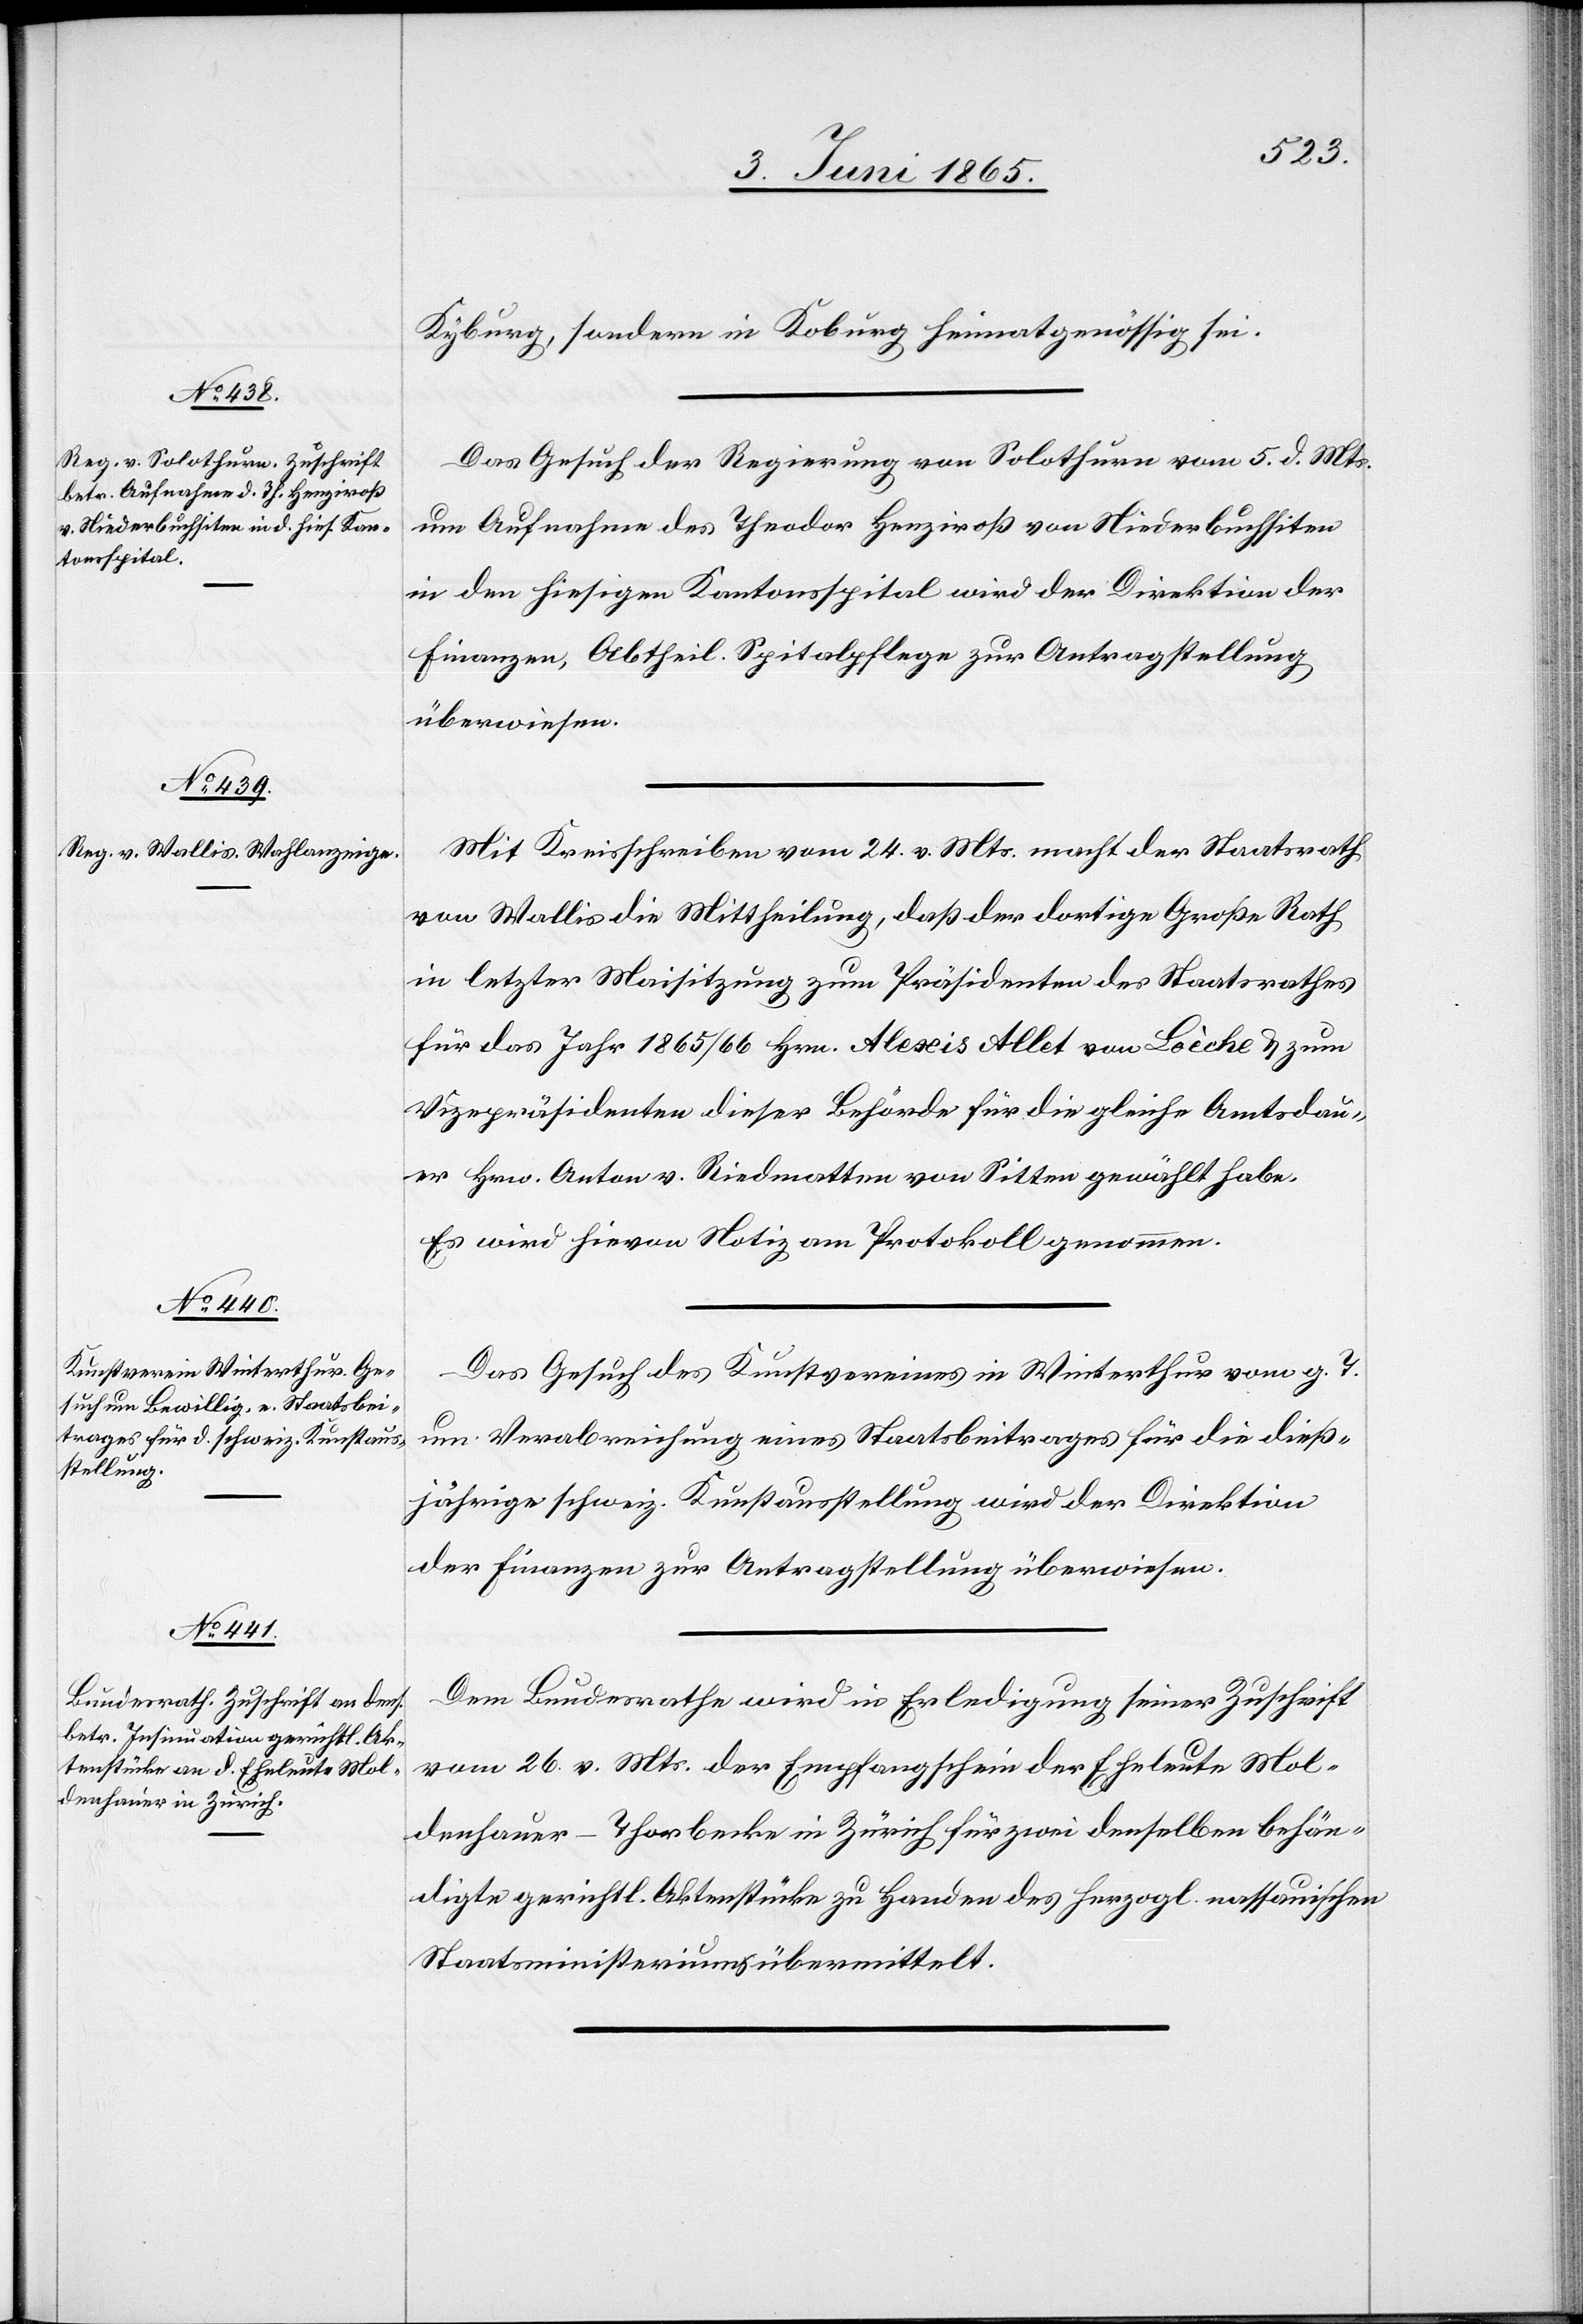
7. Juni 1865.]
Kyburg, sondern in Koburg heimatgenössig sei.
Das Gesuch der Regierung von Solothurn vom 5. d. Mts.
um Aufnahme des Theodor Henziroß von Niederbuchsiten
in den hiesigen Kantonsspital wird der Direktion der
Finanzen, Abtheil. Spitalpflege zur Antragstellung
überwiesen.
Mit Kreisschreiben vom 24. v. Mts. macht der Staatsrath
von Wallis die Mittheilung, daß der dortige Große Rath
in letzter Maisitzung zum Präsidenten des Staatsrathes
für das Jahr 1865/66 Hrn. Alexis Allet von Loèche & zum
Vizepräsidenten dieser Behörde für die gleiche Amtsdau¬
er Hrn. Anton v. Riedmatten von Sitten gewählt habe.
Es wird hievon Notiz am Protokoll genommen.
Das Gesuch des Kunstvereines in Winterthur vom g. T.
um Verabreichung eines Staatsbeitrages für die dieß¬
jährige schweiz. Kunstausstellung wird der Direktion
der Finanzen zur Antragstellung überwiesen.
Dem Bundesrathe wird in Erledigung seiner Zuschrift
vom 26. v. Mts. der Empfangschein der Eheleute Mo¬
denhauer-Thorbecke in Zürich für zwei denselben behän¬
digte gerichtl. Aktenstücke zu Handen des herzogl. nassauischen
Staatsministeriums übermittelt.